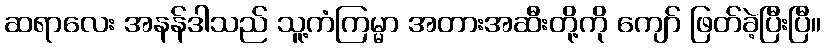
ဆရာလေး အနန်ဒါသည် သူ့ကံကြမ္မာ အတားအဆီးတို့ကို ကျော် ဖြတ်ခဲ့ပြီးပြီ။